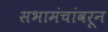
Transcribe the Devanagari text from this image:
सभामंचांवरून